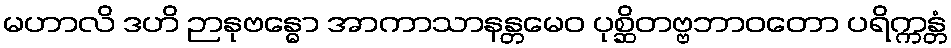
မဟာလိ ဒဟိ ဉာနုဗန္ဓော အာကာသာနန္တမေဝ ပုစ္ဆိတဗ္ဗဘာဝတော ပရိက္ကန္တံ